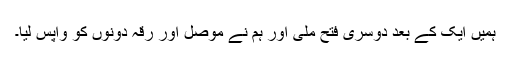
ہمیں ایک کے بعد دوسری فتح ملی اور ہم نے موصل اور رقہ دونوں کو واپس لیا۔